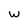
Character: w